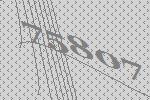
75807